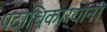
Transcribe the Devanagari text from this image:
पदाधिकार्‍यांनी